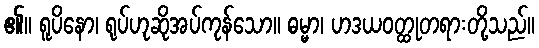
၏။ ရူပိနော၊ ရုပ်ဟုဆိုအပ်ကုန်သော။ ဓမ္မာ၊ ဟဒယဝတ္ထုတရားတို့သည်။